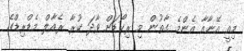
މިއީ އޭނާއާ އެންމެ ގާތުން މި ރިކޯޑަށް ވާދަ ކުރާ ރެއާލް މެޑްރިޑްގެ